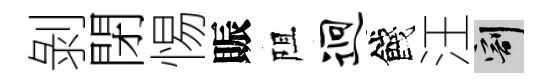
剝閉惕賑阻迥餞汪割